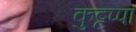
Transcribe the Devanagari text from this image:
कुट्टप्पा